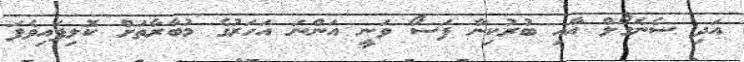
އަދި ސެނެގޯލް އާއި ބުރުކިނާ ފަސޯ ވަނީ އަންނަ އަހަރުގެ މުބާރާތަށް ކޮލިފައިވެފަ